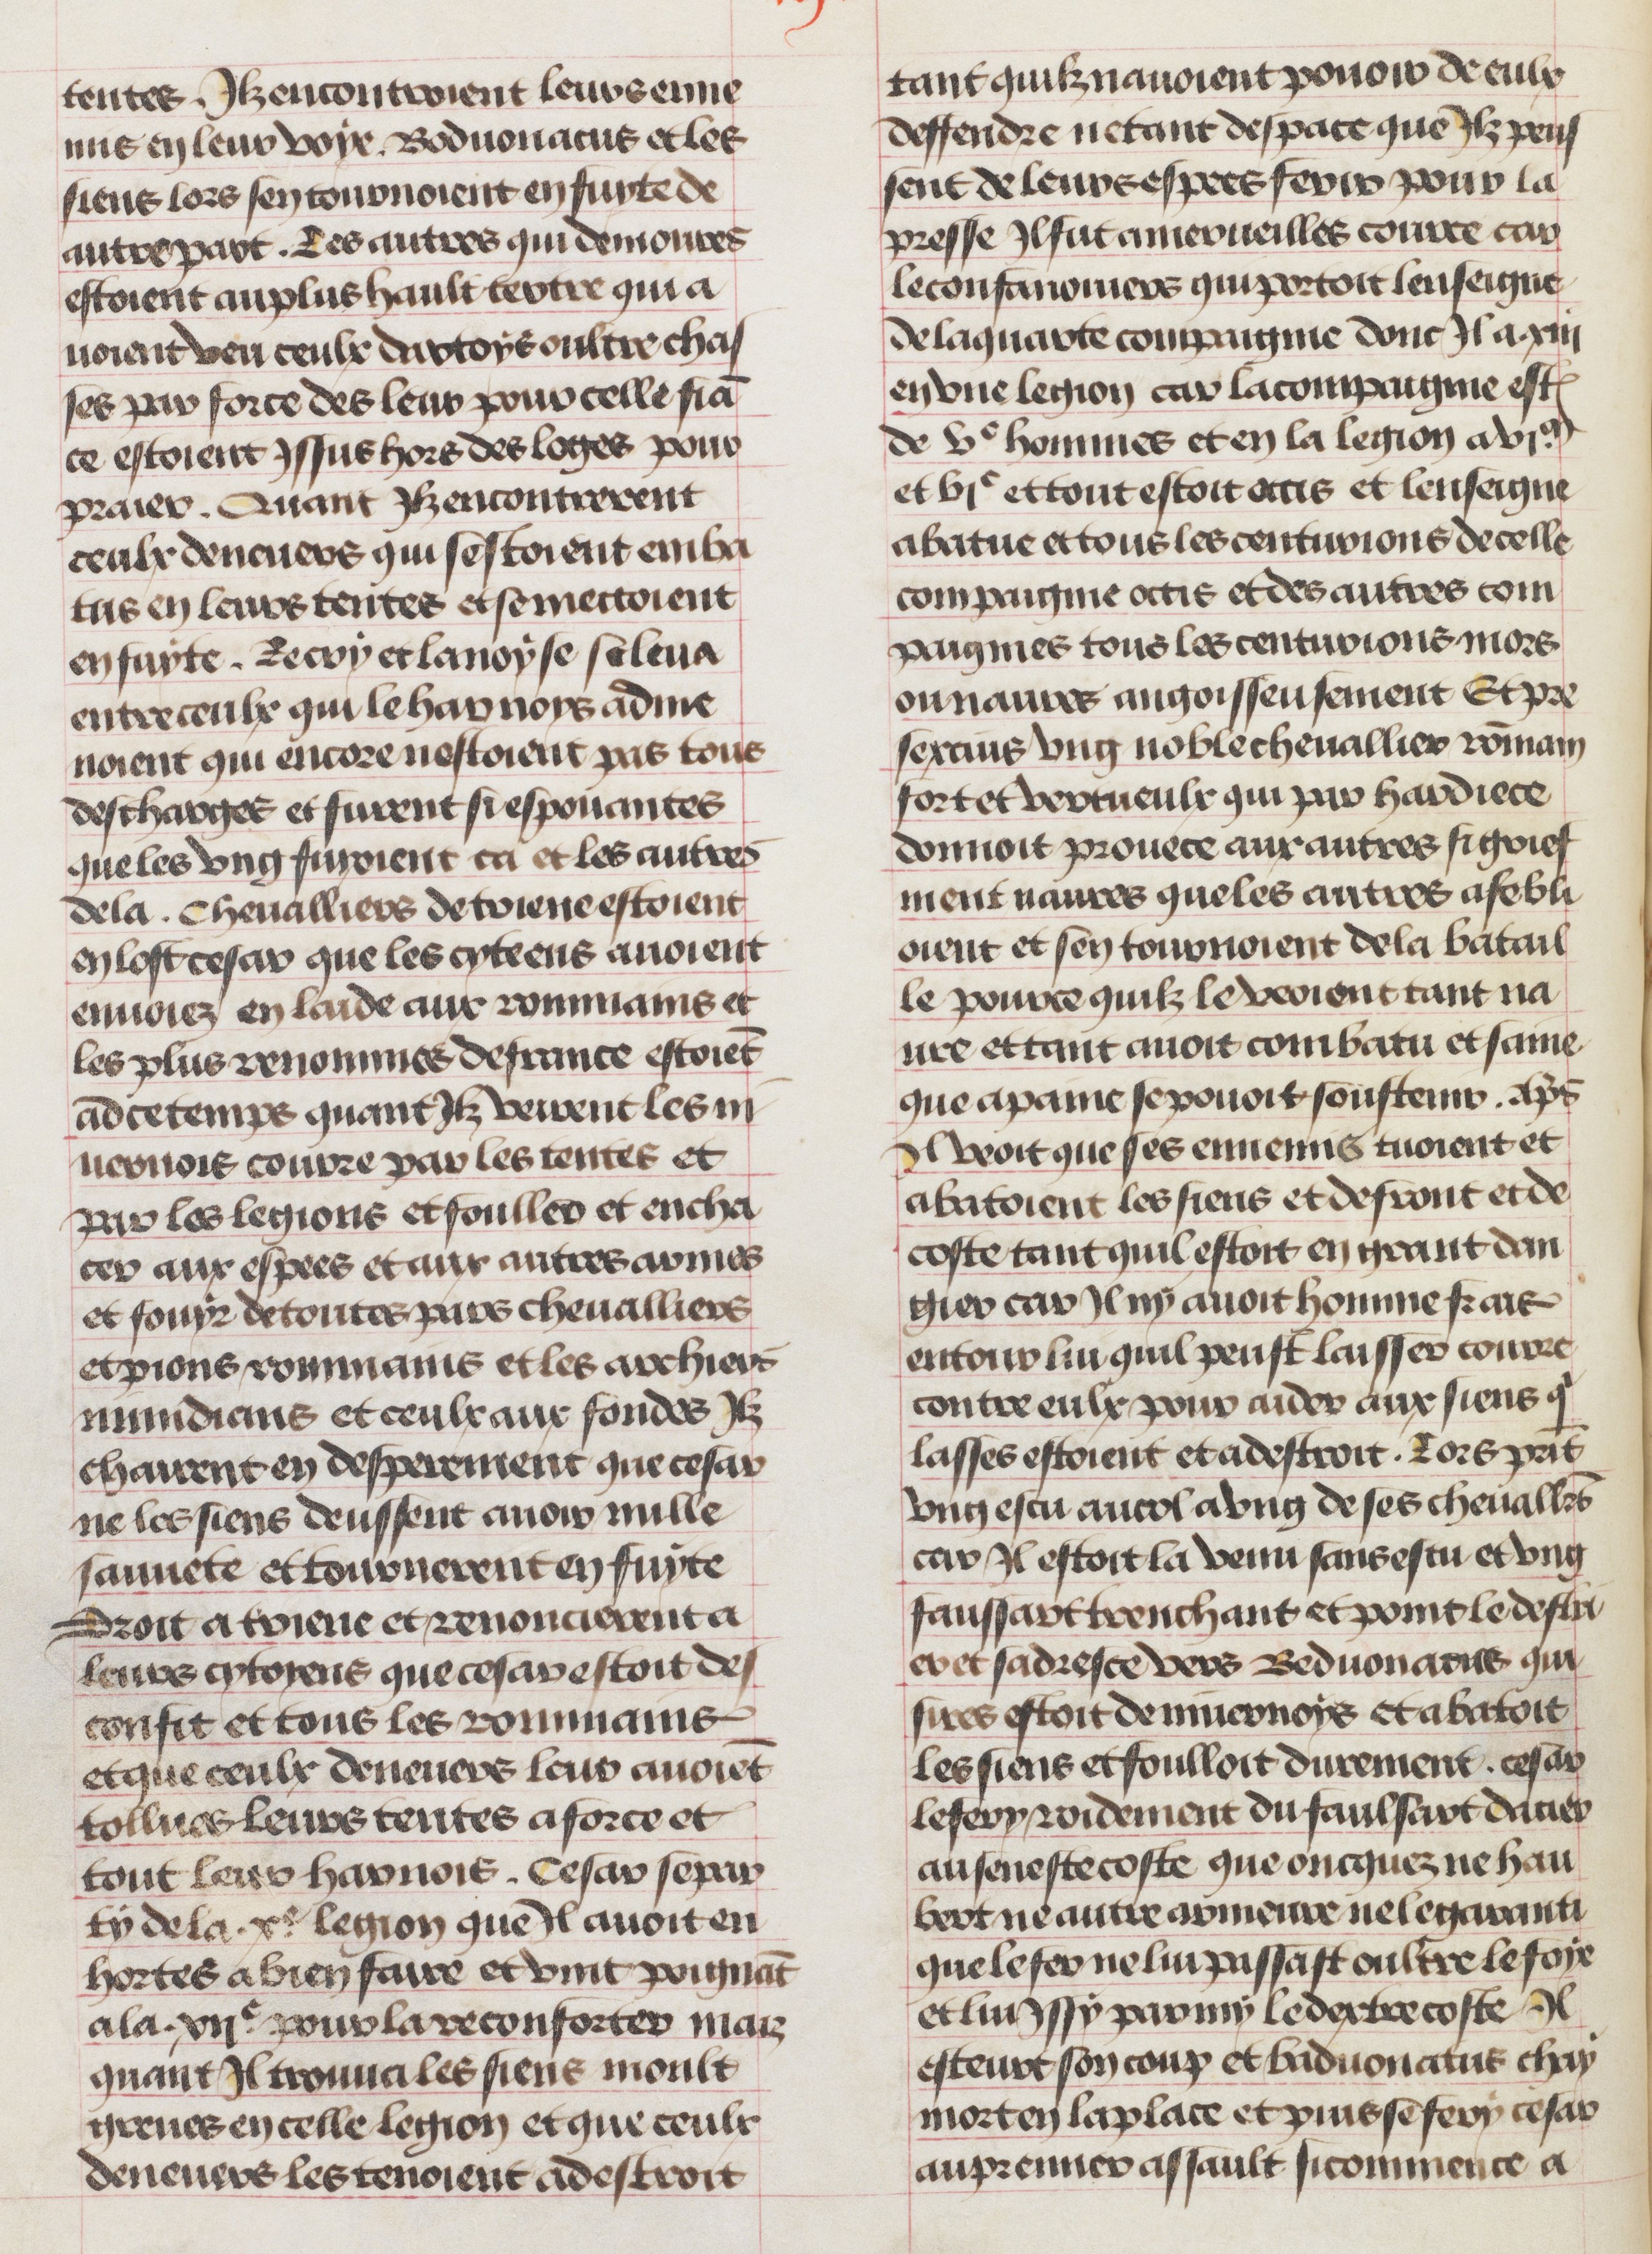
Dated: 1450–1474